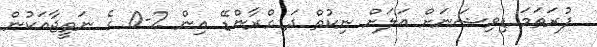
ފުރަތަމަ ޑިވިޝަނަށް އަލަށް ނިކުތް ދަ ގްރާންޑޭ އިން 2-0 ގެ ނަތީޖާއަކުން